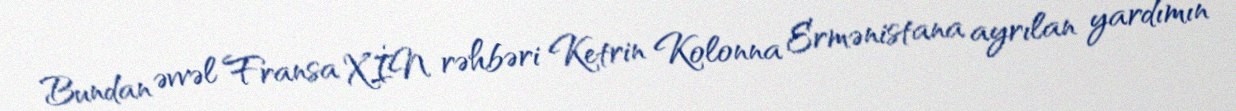
Bundan əvvəl Fransa XİN rəhbəri Ketrin Kolonna Ermənistana ayrılan yardımın